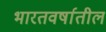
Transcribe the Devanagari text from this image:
भारतवर्षातील